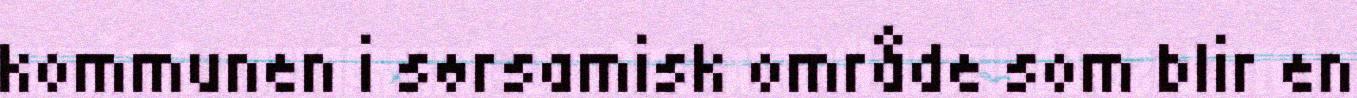
kommunen i sørsamisk område som blir en